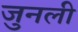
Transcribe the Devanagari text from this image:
जुनली